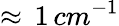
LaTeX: \approx\, 1\, cm^{-1}